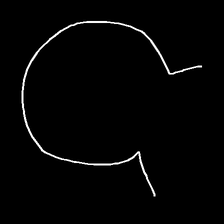
Glyph: weave